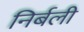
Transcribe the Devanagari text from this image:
निर्बली